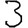
Digit: 3